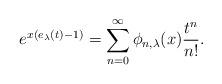
LaTeX: \begin{align*}e^{x(e_{\lambda}(t)-1)}=\sum_{n=0}^{\infty}\phi_{n,\lambda}(x)\frac{t^{n}}{n!}.\end{align*}